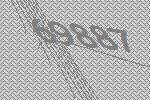
69887